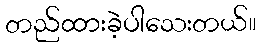
တည်ထားခဲ့ပါသေးတယ်။